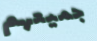
جميعهم